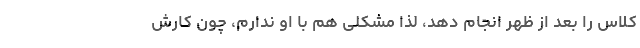
کلاس را بعد از ظهر انجام ‌دهد، لذا مشکلی هم با او ندارم، چون کارش